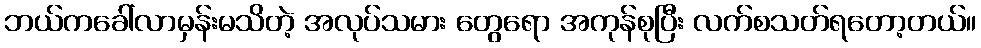
ဘယ်ကခေါ်လာမှန်းမသိတဲ့ အလုပ်သမား တွေရော အကုန်စုပြီး လက်စသတ်ရတော့တယ်။